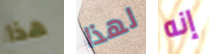
هذا لهذا إنه